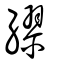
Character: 繆